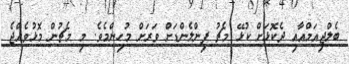
ބެލްޖިއަމްއާއި ދެކޮޅަށް ކުޅޭ މެޗު ފިންލެންޑަށް ވަރަށް މުހިންމެވެ. މި މެޗުން މޮޅުވެއްޖެ